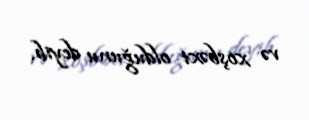
və xoşbəxt olduğunu deyib.